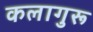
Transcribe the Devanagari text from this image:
कलागुरू